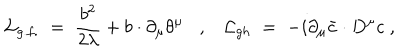
{ \cal L } _ { g . f . } \; = \; \frac { b ^ { 2 } } { 2 \lambda } + b \cdot \partial _ { \mu } \theta ^ { \mu } , { \cal L } _ { g h } \; = \; - i \partial _ { \mu } { \bar { c } } \cdot D ^ { \mu } c \; ,